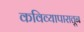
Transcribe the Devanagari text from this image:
कविव्यापारातून